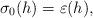
LaTeX: \begin{align*}\sigma_{0}(h)=\varepsilon(h),\end{align*}